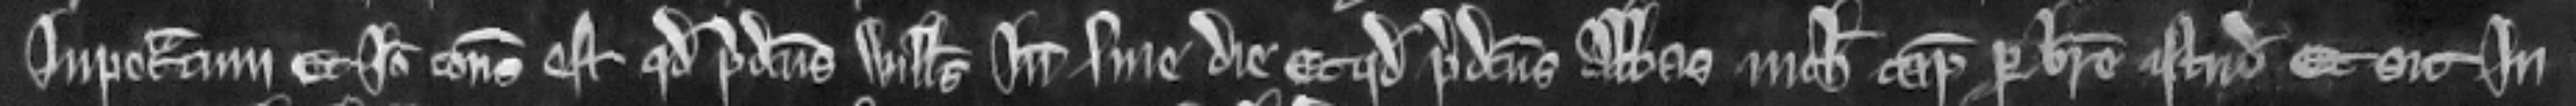
impetratum. Et ideo consideratum est quod predictus Willemus inde sine die et quod predictus Abbas nichil capiat per breve istud et sit in